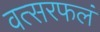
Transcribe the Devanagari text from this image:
वत्सरफलं